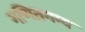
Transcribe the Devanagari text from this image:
गणितगम्य